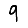
Digit: 9